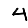
Digit: 4